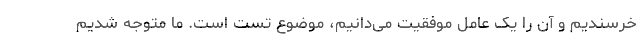
خرسندیم و آن را یک عامل موفقیت می‌دانیم، موضوع تست است. ما متوجه شدیم